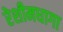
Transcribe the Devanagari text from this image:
रेशीमधागा